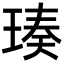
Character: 𬍴